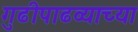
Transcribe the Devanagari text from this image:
गुढीपाढव्याच्या